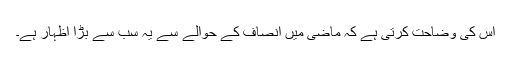
اس کی وضاحت کرتی ہے کہ ماضی میں انصاف کے حوالے سے یہ سب سے بڑا اظہار ہے۔